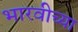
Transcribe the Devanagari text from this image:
भारवीच्या